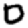
Digit: 0